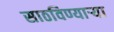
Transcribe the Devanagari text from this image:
साठविण्याऱ्या